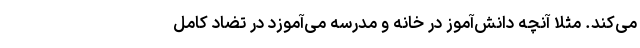
می‌کند. مثلا آنچه دانش‌آموز در خانه و مدرسه می‌آموزد در تضاد کامل